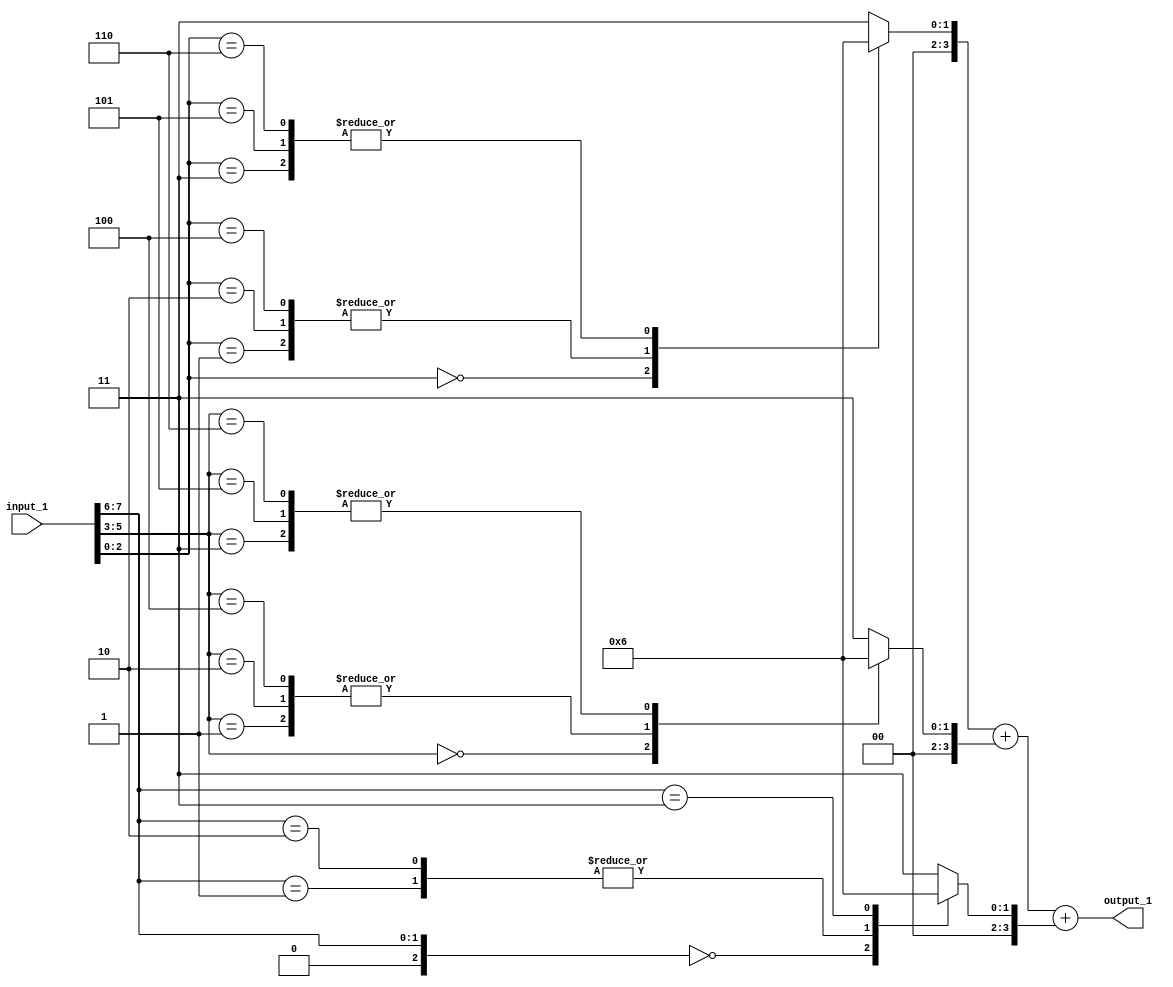
// Generator : SpinalHDL v1.4.3    git head : adf552d8f500e7419fff395b7049228e4bc5de26
// Component : unnamed
// Git hash  : adf552d8f500e7419fff395b7049228e4bc5de26



module unnamed (
  input      [7:0]    input_1,
  output     [3:0]    output_1
);
  reg        [3:0]    _zz_9;
  reg        [3:0]    _zz_10;
  reg        [3:0]    _zz_11;
  wire       [3:0]    _zz_12;
  wire       [1:0]    _zz_13;
  wire       [2:0]    _zz_14;
  wire       [2:0]    _zz_15;
  wire       [2:0]    _zz_16;
  wire       [3:0]    _zz_1;
  wire       [3:0]    _zz_2;
  wire       [3:0]    _zz_3;
  wire       [3:0]    _zz_4;
  wire       [3:0]    _zz_5;
  wire       [3:0]    _zz_6;
  wire       [3:0]    _zz_7;
  wire       [3:0]    _zz_8;

  assign _zz_12 = (_zz_9 + _zz_10);
  assign _zz_13 = {input_1[7],input_1[6]};
  assign _zz_14 = {1'd0, _zz_13};
  assign _zz_15 = {input_1[2],{input_1[1],input_1[0]}};
  assign _zz_16 = {input_1[5],{input_1[4],input_1[3]}};
  always @(*) begin
    case(_zz_15)
      3'b000 : begin
        _zz_9 = _zz_1;
      end
      3'b001 : begin
        _zz_9 = _zz_2;
      end
      3'b010 : begin
        _zz_9 = _zz_3;
      end
      3'b011 : begin
        _zz_9 = _zz_4;
      end
      3'b100 : begin
        _zz_9 = _zz_5;
      end
      3'b101 : begin
        _zz_9 = _zz_6;
      end
      3'b110 : begin
        _zz_9 = _zz_7;
      end
      default : begin
        _zz_9 = _zz_8;
      end
    endcase
  end

  always @(*) begin
    case(_zz_16)
      3'b000 : begin
        _zz_10 = _zz_1;
      end
      3'b001 : begin
        _zz_10 = _zz_2;
      end
      3'b010 : begin
        _zz_10 = _zz_3;
      end
      3'b011 : begin
        _zz_10 = _zz_4;
      end
      3'b100 : begin
        _zz_10 = _zz_5;
      end
      3'b101 : begin
        _zz_10 = _zz_6;
      end
      3'b110 : begin
        _zz_10 = _zz_7;
      end
      default : begin
        _zz_10 = _zz_8;
      end
    endcase
  end

  always @(*) begin
    case(_zz_14)
      3'b000 : begin
        _zz_11 = _zz_1;
      end
      3'b001 : begin
        _zz_11 = _zz_2;
      end
      3'b010 : begin
        _zz_11 = _zz_3;
      end
      3'b011 : begin
        _zz_11 = _zz_4;
      end
      3'b100 : begin
        _zz_11 = _zz_5;
      end
      3'b101 : begin
        _zz_11 = _zz_6;
      end
      3'b110 : begin
        _zz_11 = _zz_7;
      end
      default : begin
        _zz_11 = _zz_8;
      end
    endcase
  end

  assign _zz_1 = 4'b0000;
  assign _zz_2 = 4'b0001;
  assign _zz_3 = 4'b0001;
  assign _zz_4 = 4'b0010;
  assign _zz_5 = 4'b0001;
  assign _zz_6 = 4'b0010;
  assign _zz_7 = 4'b0010;
  assign _zz_8 = 4'b0011;
  assign output_1 = (_zz_12 + _zz_11);

endmodule